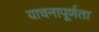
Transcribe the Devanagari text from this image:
याचनापूर्णता